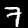
Digit: 7